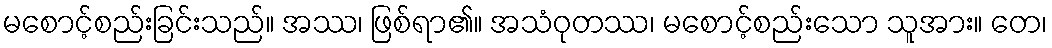
မစောင့်စည်းခြင်းသည်။ အဿ၊ ဖြစ်ရာ၏။ အသံဝုတဿ၊ မစောင့်စည်းသော သူအား။ တေ၊